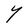
Character: Y